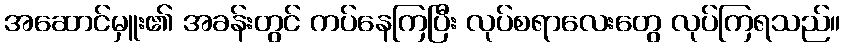
အဆောင်မှူး၏ အခန်းတွင် ကပ်နေကြပြီး လုပ်စရာလေးတွေ လုပ်ကြရသည်။